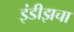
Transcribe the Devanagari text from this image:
इंडीझचा